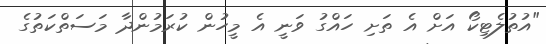
"އުތުލެޓިކޯ އަށް އެ ތަށި ހައްގު ވަނީ އެ މީހުން ކުރަމުންދާ މަސަތްކަތުގެ